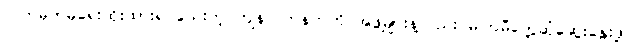
လက်မှတ်မရေးထိုးထားရ သေးတဲ့ ကျန်လက်နက်ကိုင်အဖွဲ့များနဲ့လည်း မကြမီတွေ့ဆုံဆွေးနွေးဖို့